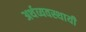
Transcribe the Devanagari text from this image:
अर्थव्यवस्थायी